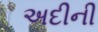
અદીની